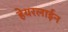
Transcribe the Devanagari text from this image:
हेयरलाईन